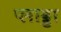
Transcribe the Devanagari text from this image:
प्लाड्डा